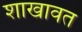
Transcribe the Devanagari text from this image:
शाखावत